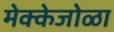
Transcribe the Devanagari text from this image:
मेक्केजोळा